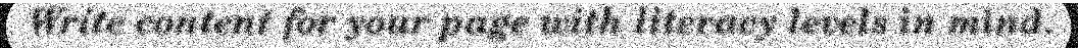
Write content for your page with literacy levels in mind.